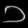
Digit: ၁